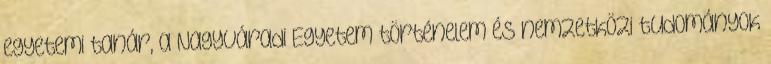
egyetemi tanár, a Nagyváradi Egyetem történelem és nemzetközi tudományok